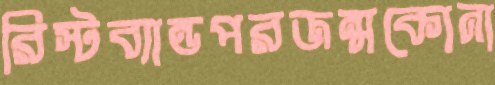
রিস্টব্যান্ডপরজন্মকোনা